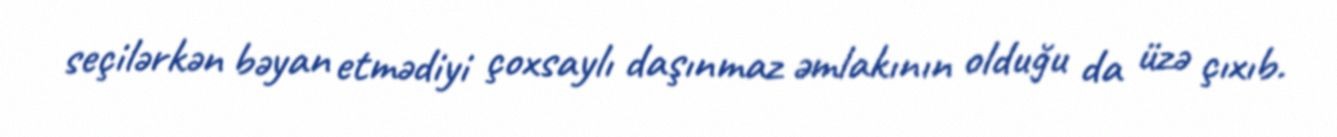
seçilərkən bəyan etmədiyi çoxsaylı daşınmaz əmlakının olduğu da üzə çıxıb.